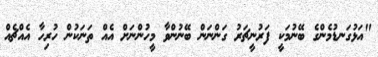
"އަޅުގަނޑުމެންގެ ބޭނުމަކީ ފަރުނީޗަރު ގަންނަން ބޭނުންވާ މީހުންނަށް އެއް ތަނަކުން ހުރިހާ އެއްޗެއް